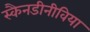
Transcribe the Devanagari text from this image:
स्कैनडीनीविया